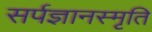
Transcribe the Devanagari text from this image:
सर्पज्ञानस्मृति